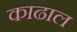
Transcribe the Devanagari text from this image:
काढाल